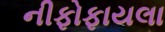
નીફોફાયલા